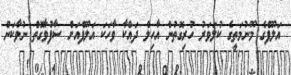
އަލޫފްގެ މޫނުމަތީގެ ކުލަވަރު ހުރިގޮތުން އާހިލް ދައްކާ ވާހަކަ އަލޫފްއަށް ސާފުވާގޮތް ނުވާކަން